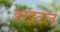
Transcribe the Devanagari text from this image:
डाइटल